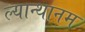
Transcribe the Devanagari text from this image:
ल्यान्थानम